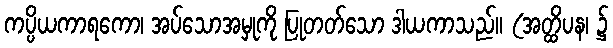
ကပ္ပိယကာရကော၊ အပ်သောအမှုကို ပြုတတ်သော ဒါယကာသည်။ (အတ္ထိပန၊ ၌